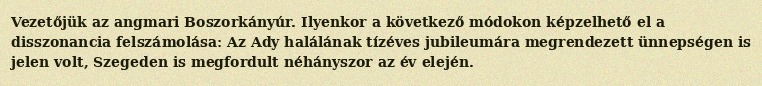
Vezetőjük az angmari Boszorkányúr. Ilyenkor a következő módokon képzelhető el a disszonancia felszámolása: Az Ady halálának tízéves jubileumára megrendezett ünnepségen is jelen volt, Szegeden is megfordult néhányszor az év elején.